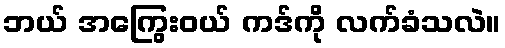
ဘယ် အကြွေးဝယ် ကဒ်ကို လက်ခံသလဲ။